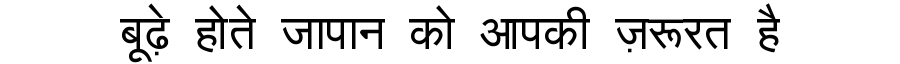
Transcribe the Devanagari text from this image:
बूढ़े होते जापान को आपकी ज़रूरत है